Philaematomyia insignis, Austen - Number 54
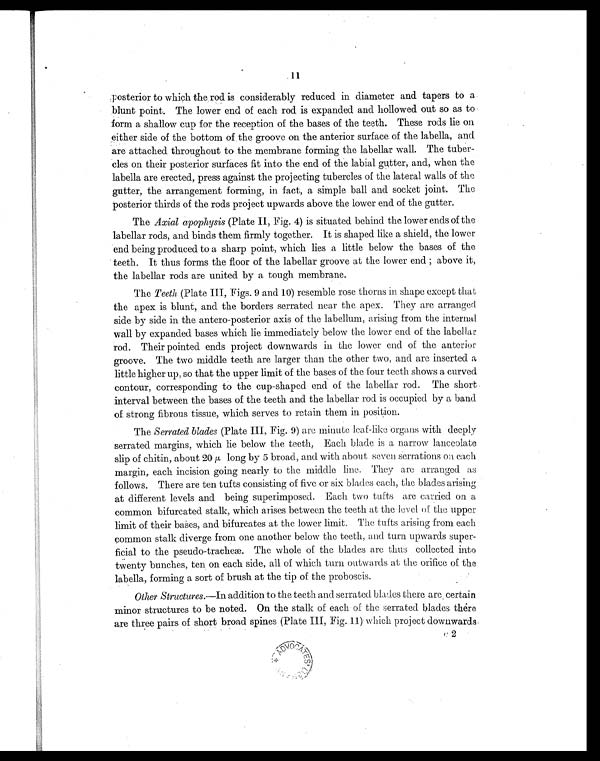
11
Posterior to which the rod is considerably reduced in diameter and tapers to a
blunt point. The lower end of each rod is expanded and hollowed out so as to
form a shallow cup for the reception of the bases of the teeth. These rods lie on
either side of the bottom of the groove on the anterior surface of the labella, and
are attached throughout to the membrane forming the labellar wall. The tuber
-cles on their posterior surfaces fit into the end of the labial gutter, and, when the
labella are erected, press against the projecting tubercles of the lateral walls of the
gutter, the arrangement forming, in fact, a simple ball and socket joint. The
posterior thirds of the rods project upwards above the lower end of the gutter.
The Axial apophysis (Plate II, Fig. 4) is situated behind the lower ends of the
labellar rods, and binds them firmly together. It is shaped like a shield, the lower
end being produced to a sharp point, which lies a little below the bases of the
teeth. It thus forms the floor of the labellar groove at the lower end; above it,
the labellar rod.s are united by a tough membrane.
The Teeth (Plate III, Figs. 9 and 10) resemble rose thorns in shape except that
the apex is blunt, and the borders serrated near the apex. They are arranged
side by side in the antero-posterior axis of the labellum, arising from the internal
wall by expanded bases which lie immediately below the lower end of the labellar
rod. Their pointed ends project downwards in the lower end of the anterior
groove. The two middle teeth are larger than the other two, and are inserted a
little higher up, so that the upper limit of the bases of the four teeth shows a curved
contour, corresponding to the cup-shaped end of the labellar rod. The short
interval between the bases of the teeth and the labellar rod is occupied by a band
of strong fibrous tissue, which serves to retain them in position.
The Serrated blades (Plate III, Fig. 9) are minute leaf-like organs with deeply
serrated margins, which lie below the teeth. Each blade is a narrow lanceolate
slip of chitin, about 20 μ long by 5 broad, and with about seven serrations on each.
margin, each incision going nearly to the middle lino. They are arranged as
follows. There are ten tufts consisting of five or six blades each, the blades arising
at different levels and being superimposed. Each two tufts are carried on a
common bifurcated stalk, which arises between the teeth at the level of the upper
limit of their bases, and bifurcates at the lower limit. The tufts arising from each
common stalk diverge from one another below the teeth, and turn upwards super
- f i c i a l t o t h e p s e u d o - t r a c h e æ . T h e w h o l e o f t h e b l a d e s a r e t h u s c o l l e c t e d i n t o
twenty bunches, ten on each side, all of which turn outwards at the orifice of the
labella, forming a sort of brush at the tip of the proboscis.
Other Structures .—In addition to the teeth and serrated blades there are, certain
minor structures to be noted. On the stalk of each of the serrated blades there
are three pairs of short broad spines (Plate III, Fig.11)' which project downwards